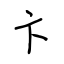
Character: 卞